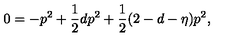
0 = - p ^ { 2 } + \frac { 1 } { 2 } d p ^ { 2 } + \frac { 1 } { 2 } ( 2 - d - \eta ) p ^ { 2 } ,